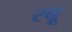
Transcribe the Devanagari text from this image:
रबू